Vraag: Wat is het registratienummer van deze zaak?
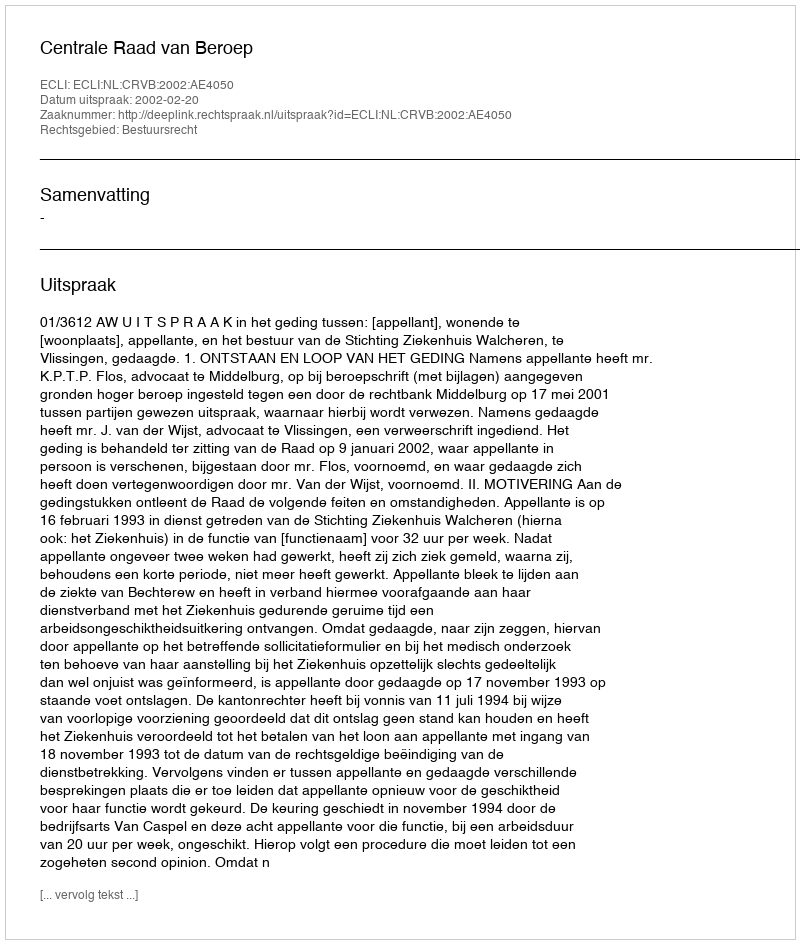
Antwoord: http://deeplink.rechtspraak.nl/uitspraak?id=ECLI:NL:CRVB:2002:AE4050